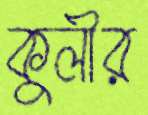
কুলীর